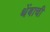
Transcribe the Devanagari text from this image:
थेंबाची